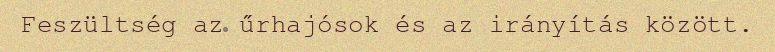
Feszültség az űrhajósok és az irányítás között.